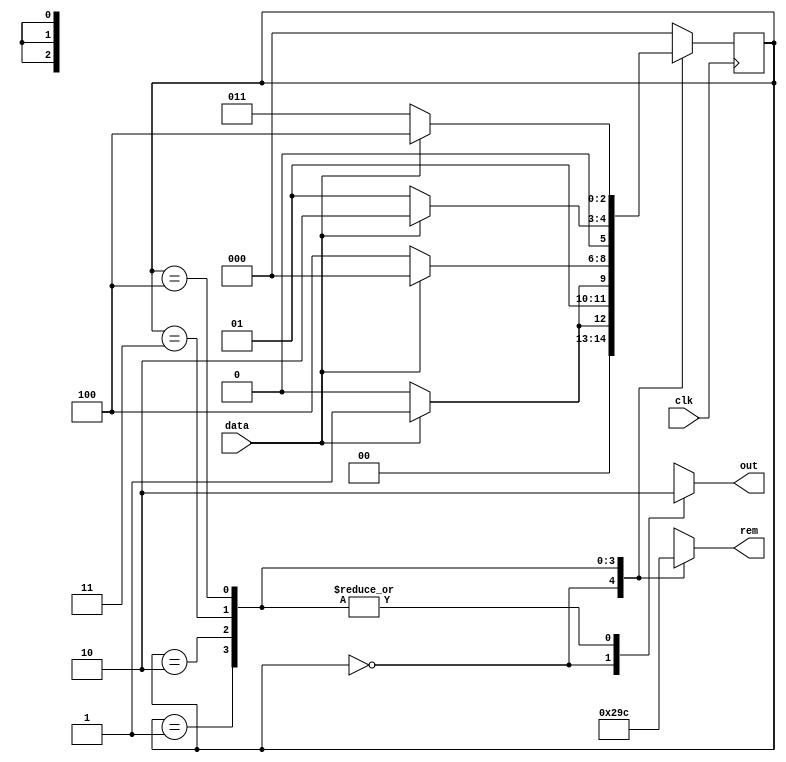
`timescale 1ns / 1ps

module divisibility_by5(out, rem , data, clk);
    output reg out;
    output reg [2:0] rem;
    input data, clk;
    parameter s0=3'd0, s1=3'd1, s2=3'd2, s3=3'd3, s4=3'd4;
    reg [2:0] state;
    
    always @(posedge clk) begin
        case (state)
            s0: state<= data ? s1:s0;
            s1: state<= data ? s3:s2;
            s2: state<= data ? s0:s4;
            s3: state<= data ? s2:s1;
            s4: state<= data ? s4:s3;
            default: state<=s0;
        endcase
    end
    
    always @(state) begin
        case(state)
            s0: begin out=1; rem=0; end
            s1: begin out=0; rem=1; end
            s2: begin out=0; rem=2; end
            s3: begin out=0; rem=3; end
            s4: begin out=0; rem=4; end
            default: begin out=1'bx; rem=3'bx; end
        endcase
    end
endmodule